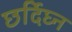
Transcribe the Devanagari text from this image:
छर्दिघ्न